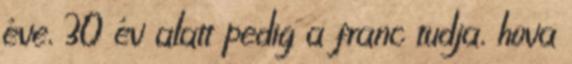
éve, 30 év alatt pedig a franc tudja, hova